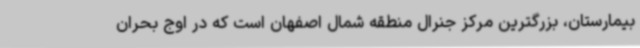
بیمارستان، بزرگترین مرکز جنرال منطقه شمال اصفهان است که در اوج بحران